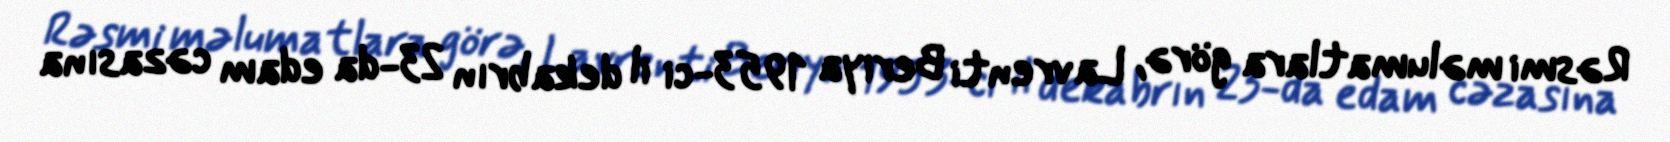
Rəsmi məlumatlara görə, Lavrenti Beriya 1953-ci il dekabrın 23-da edam cəzasına